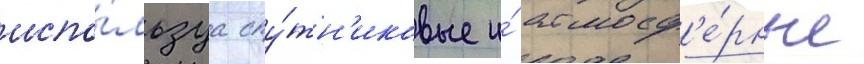
испо́льзуа спу́тн'иковые и́ атмосф'е́рные